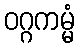
ဝဂ္ဂကမ္မံ